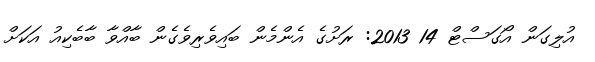
އުލިގަން އޯގަސްޓް 14 2013: ރަށުގެ އެންމެން ބައިވެރިވެގެން ބާއްވާ ބާބެކިއު އަކަށް